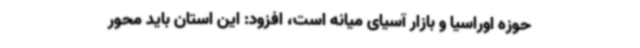
حوزه اوراسیا و بازار آسیای میانه است، افزود: این استان باید محور